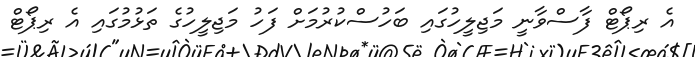
އެ ރިޕޯޓް ފާސްވާނީ މަޖިލީހުގައި ބަހުސްކުރުމަށް ފަހު މަޖިލީހުގެ ތަޅުމުގައި އެ ރިޕޯޓް